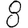
Digit: 8